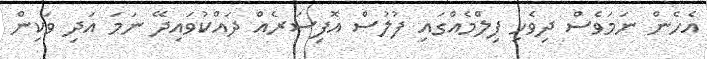
އެހެން ނަމަވެސް ދިވެހި ފިލްމެއްގައި ފުލުސް އޮފިސަރެއް ދައްކުވައިދޭ ނަމަ އަދި ވަކިން